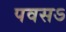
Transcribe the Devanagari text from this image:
पवसऽ